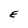
Character: E